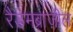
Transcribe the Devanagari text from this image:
रैडमब्राज़ील